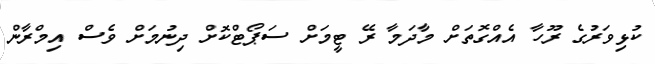
ކުޅިވަރުގެ ރޫހާ އެއްގޮތަށް މާދަމާ ރޭ ޓީމަށް ސަޕޯޓްކޮށް ދިނުމަށް ވެސް އިމްރާން